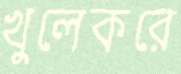
খুলেকরে